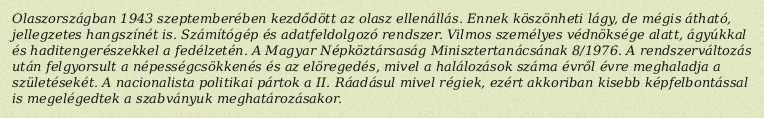
Olaszországban 1943 szeptemberében kezdődött az olasz ellenállás. Ennek köszönheti lágy, de mégis átható, jellegzetes hangszínét is. Számítógép és adatfeldolgozó rendszer. Vilmos személyes védnöksége alatt, ágyúkkal és haditengerészekkel a fedélzetén. A Magyar Népköztársaság Minisztertanácsának 8/1976. A rendszerváltozás után felgyorsult a népességcsökkenés és az elöregedés, mivel a halálozások száma évről évre meghaladja a születésekét. A nacionalista politikai pártok a II. Ráadásul mivel régiek, ezért akkoriban kisebb képfelbontással is megelégedtek a szabványuk meghatározásakor.